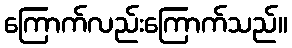
ကြောက်လည်းကြောက်သည်။